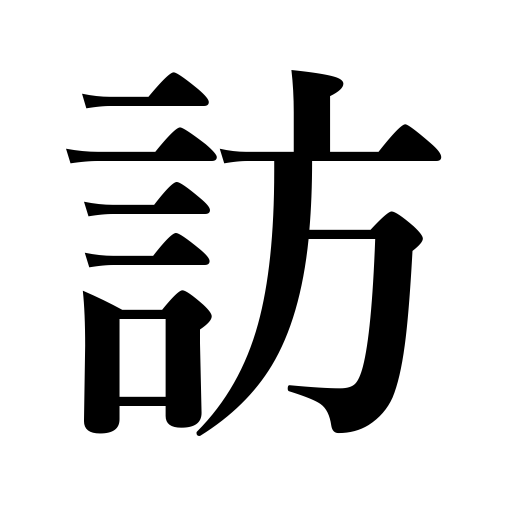
Meanings: look up,visit,call on